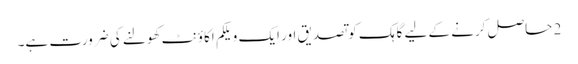
2 حاصل کرنے کے لیے گاہک کو تصدیق اور ایک ویلکم اکاؤنٹ کھولنے کی ضرورت ہے۔